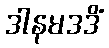
ဒါနမဒဒိံ